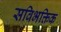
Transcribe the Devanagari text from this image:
सविभक्तिक